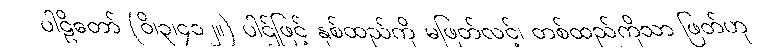
ပါဠိတော် (ဝိ၊၃၊၄၁၂။) ပါဌ်ဖြင့် နှစ်ထည်ကို မဖြတ်လင့်၊ တစ်ထည်ကိုသာ ဖြတ်ဟု